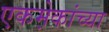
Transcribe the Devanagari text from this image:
एकमे़कांच्या